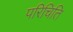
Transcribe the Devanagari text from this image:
परिचिति